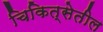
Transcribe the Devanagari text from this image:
चिकित्सेतील